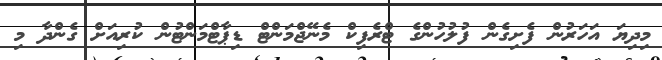
މިދިޔަ އަހަރުން ފެށިގެން ފުލުހުންގެ ޓްރެފިކް މެނޭޖްމަންޓް ޑިޕާޓްމަންޓުން ކުރިއަށް ގެންދާ މި